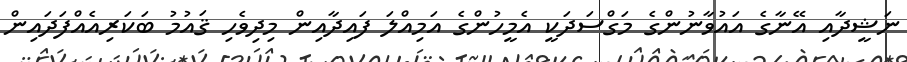
ނަޝީދާއި އޭނާގެ އައުވާނުންގެ މަގްސަދަކީ އެމީހުންގެ އަމިއްލަ ފައިދާއިން މިދިވެހި ޤައުމު ބަކަރިއެއްފަދައިން